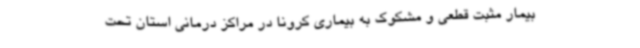
بیمار مثبت قطعی و مشکوک به بیماری کرونا در مراکز درمانی استان تحت